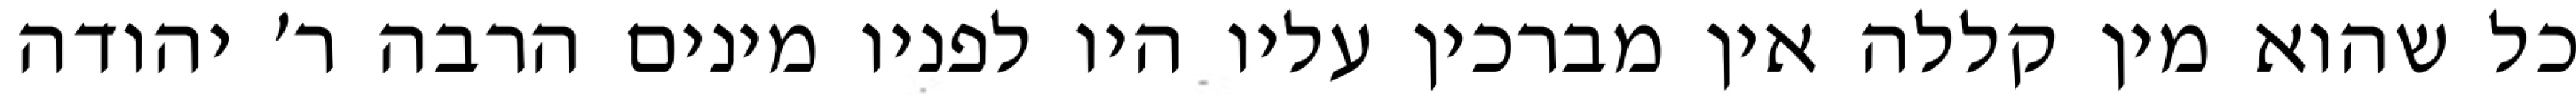
כל שהוא מין קללה אין מברכין עליו היו לפניו מינים הרבה ר׳ יהודה